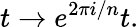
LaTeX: t\rightarrow e^{2\pi i/n}t.